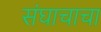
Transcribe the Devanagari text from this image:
संघाचाचा